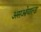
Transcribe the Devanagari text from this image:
असओयाल्ड